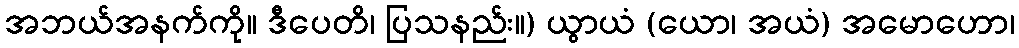
အဘယ်အနက်ကို။ ဒီပေတိ၊ ပြသနည်း။) ယွာယံ (ယော၊ အယံ) အမောဟော၊